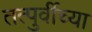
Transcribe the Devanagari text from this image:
तत्पुर्वीच्या